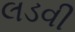
લડવી